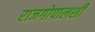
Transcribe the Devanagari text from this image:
राजगोपालशी